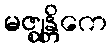
မဇ္ဈန္တိကေ